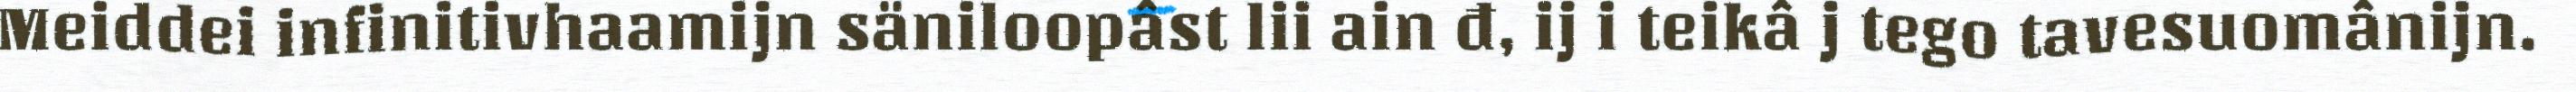
Meiddei infinitivhaamijn säniloopâst lii ain đ, ij i teikâ j tego tavesuomânijn.